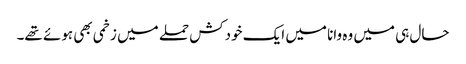
حال ہی میں وہ وانا میں ایک خودکش حملے میں زخمی بھی ہوئے تھے۔